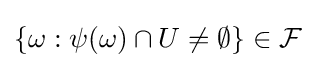
\{\omega :\psi (\omega )\cap U\neq \emptyset \}\in {\mathcal {F}}